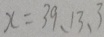
x = 3 9 、 1 3 、 3